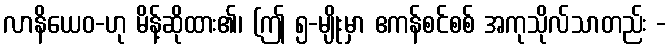
လာနိယေဝ-ဟု မိန့်ဆိုထား၏၊ (ဤ ၅-မျိုးမှာ ဧကန်စင်စစ် အကုသိုလ်သာတည်း -